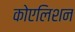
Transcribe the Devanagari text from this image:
कोएलिशन